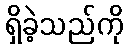
ရှိခဲ့သည်ကို